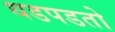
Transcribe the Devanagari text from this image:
धडपडतो